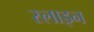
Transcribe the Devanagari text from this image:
स्लाइन